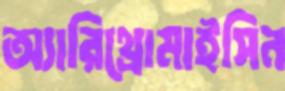
অ্যারিথ্রোমাইসিন